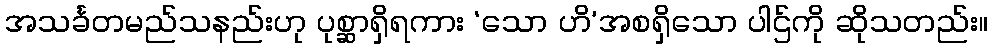
အသင်္ခတမည်သနည်းဟု ပုစ္ဆာရှိရကား ‘သော ဟိ’အစရှိသော ပါဌ်ကို ဆိုသတည်း။